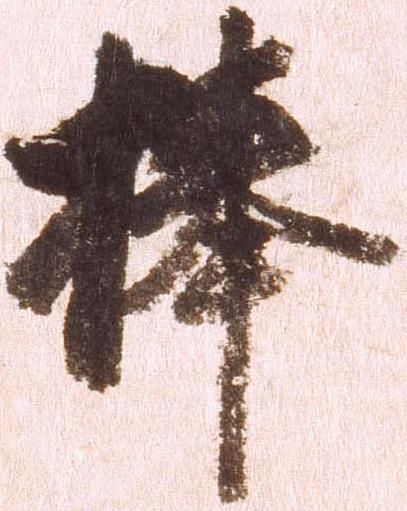
棒